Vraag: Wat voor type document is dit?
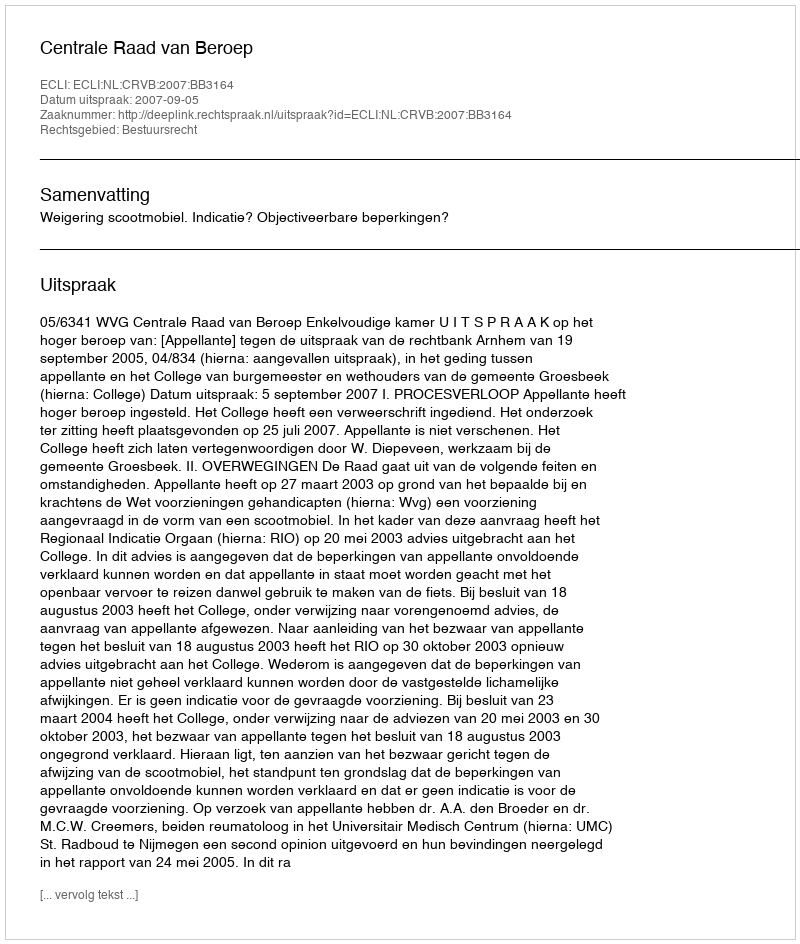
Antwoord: Uitspraak